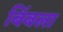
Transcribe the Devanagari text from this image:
बिंबला